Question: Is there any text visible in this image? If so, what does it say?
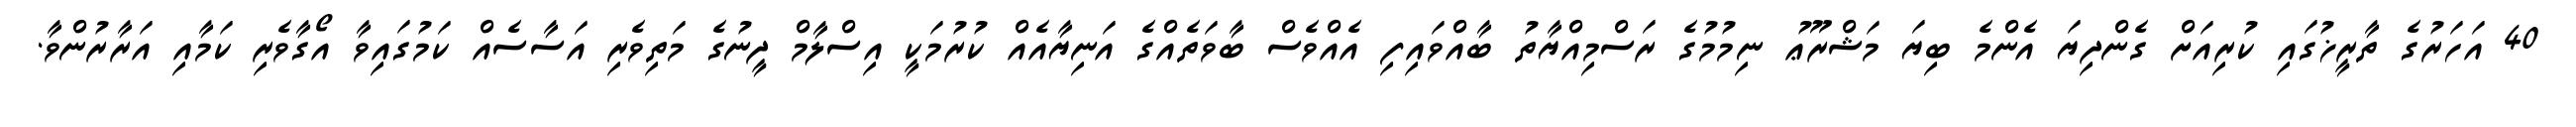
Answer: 40 އަހަރުގެ ތާރީޚުގައި ކުރިއަށް ގެންދިޔަ އެންމެ ބިޔަ މަޝްރޫޢު ނިމުމުގެ ރަސްމިއްޔާތު ބާއްވައިފި އެއްވެސް ބާވަތެއްގެ އަނިޔާއެއް ކުރުމަކީ އިސްލާމް ދީނުގެ މަތިވެރި އަސާސެއް ކަމުގައިވާ އޯގާވެރި ކަމާއި އަރާރުންވާ.